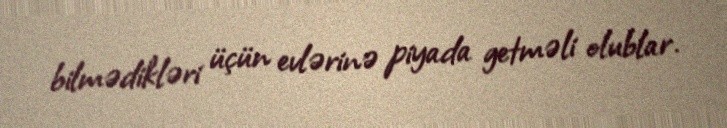
bilmədikləri üçün evlərinə piyada getməli olublar.